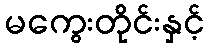
မကွေးတိုင်းနှင့်